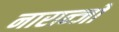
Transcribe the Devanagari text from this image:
नारान्जो